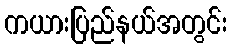
ကယားပြည်နယ်အတွင်း